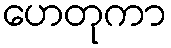
ဟေတုကာ